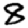
Digit: 8